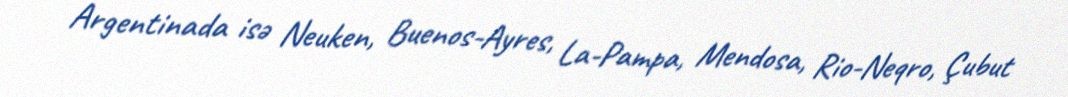
Argentinada isə Neuken, Buenos-Ayres, La-Pampa, Mendosa, Rio-Neqro, Çubut